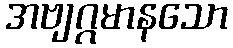
အဗျဂ္ဂမာနသော